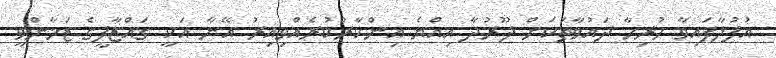
އުފުލާފައިވާ ހުރިހާ ދައުވާތަކަށް ދޫރުދާ އިއްޔެ އިންކާރުކުރެއްވިއިރު އޭނާ އަކީ ގައްޒާފީގެ ޒަމާންވީ